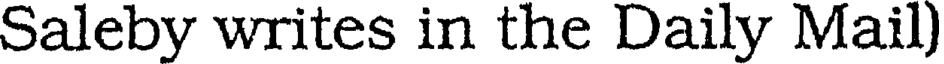
Saleby writes in the Daily Mail)